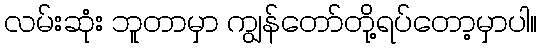
လမ်းဆုံး ဘူတာမှာ ကျွန်တော်တို့ရပ်တော့မှာပါ။